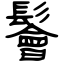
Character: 鬠